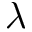
\lambda